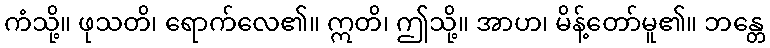
ကံသို့။ ဖုသတိ၊ ရောက်လေ၏။ ဣတိ၊ ဤသို့။ အာဟ၊ မိန့်တော်မူ၏။ ဘန္တေ